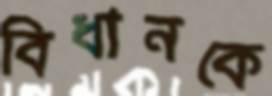
বিধানকে